Veterinary [1904] -
Year: 1904
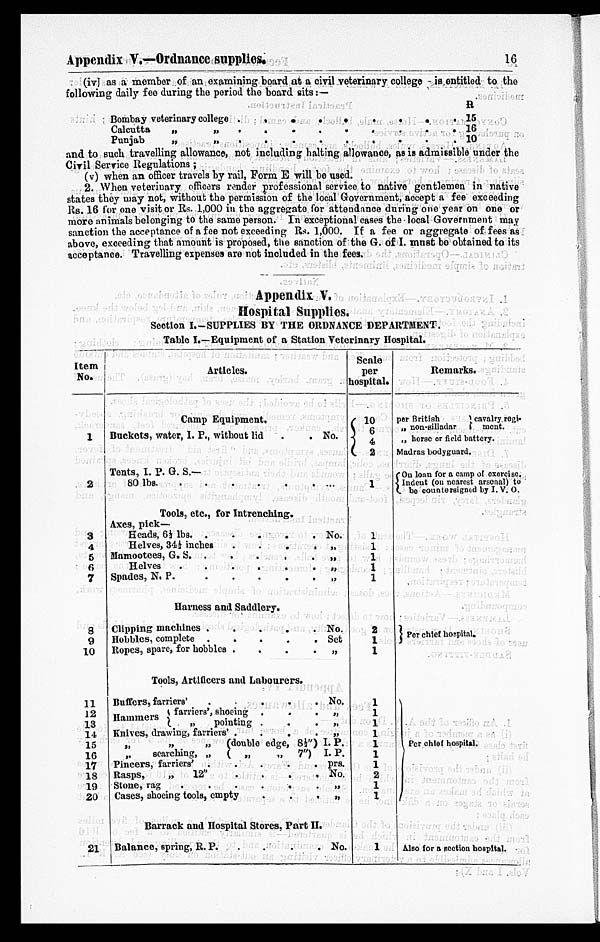
Appendix V.—Ordnance supplies.
16
(iv) as a member of an examining board at a civil veterinary college - is entitled to the
following daily fee during the period the board sits: —
Bombay veterinary college
..
..
..
.
.
Calcutta
„
„
..
.. .. . .
Punjab „ „ .. .. . .. .
R
15
16
10
and to such travelling allowance, not including halting allowance, as is admissible under the
Civil Service Regulations ;
(v) when an officer travels by rail, Form E will be used.
2. When veterinary officers render professional service to native gentlemen in native
states they may not, without the permission of the local Government, accept a fee exceeding
Rs. 16 for one visitor Rs. 1,000 in the aggregate for attendance during one year on one or
more animals belonging to the same person. In exceptional cases the local Government may
sanction the acceptance of a fee not exceeding Rs. 1,000. If a fee or aggregate of fees as
above, exceeding that amount is proposed, the sanction of the G. of I. must be obtained to its
acceptance. Travelling expenses are not included in the fees.
Appendix V.
Hospital Supplies.
Section I.-SUPPLIES BY THE ORDNANCE DEPARTMENT.
Table I.—Equipment of a Station Veterinary Hospital.
Item
No.
1
2
3
4
5
6
7
8
9
10
11
12
13
14
15
16
17
18
19
20
21
Articles.
Camp Equipment.
Buckets, water, I. P., without lid . .
Tents, I. P. G. S.—
80
lbs
Tools, etc., for Intrenching.
Axes, pick—
Heads, 6½ lbs
Helves, 34½ inches
.
.
.
.
Mamootoes, G. S.
.
. . .
Helves
.
.
.
.
.
.
Spades, N. P. . . . . .
Harness and Saddlery.
Clipping machines
Hobbles, complete
Ropes, spare, for hobbles .
.
.
.
Tools, Artificers and Labourers.
Buffers, farriers'
.
. .
Hammers „ {farriers', shoeing .
.
pointing . . .
Knives, drawing, farriers' .
.
.
.
„ „ „(double edge, 8½")
„
searching, „
( „
„
7")
Pincers, farriers' .
.
.
.
.
Rasps,
„
12"
.
.
.
.
Stone, rag
Cases, shoeing tools, empty
Barrack and Hospital Stores, Part II.
Balance, spring, R. P.
No.
No.
„
„
„
„
No.
Set
„
No.
„
„
„
I. P.
I. P.
prs.
No.
„
„
No.
Scale
per
hospital.
10
6 4
2
1
1
1
1
1
1
2
1
1
1
1
1
1
1
1
1
2
1
1
1
Remarks.
per British
„ non-silladar
cavalry regi-
ment.
„ horse or field battery.
Madras bodyguard.
On loan for a camp of exercise
Indent (on nearest arsenal) to
be countersigned by I. V. O.
Per chief hospital.
Per chief hospital.
Also for a section hospital.